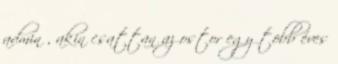
admin , akin csattan az ostor egy több éves